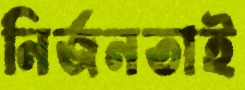
নির্জনতাই